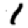
Digit: 1